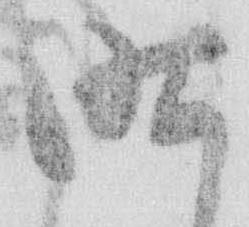
昨